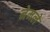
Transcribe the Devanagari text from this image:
नेमलें